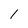
Character: 1